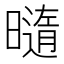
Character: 𰖯